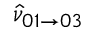
\hat { \nu } _ { 0 1 \rightarrow 0 3 }